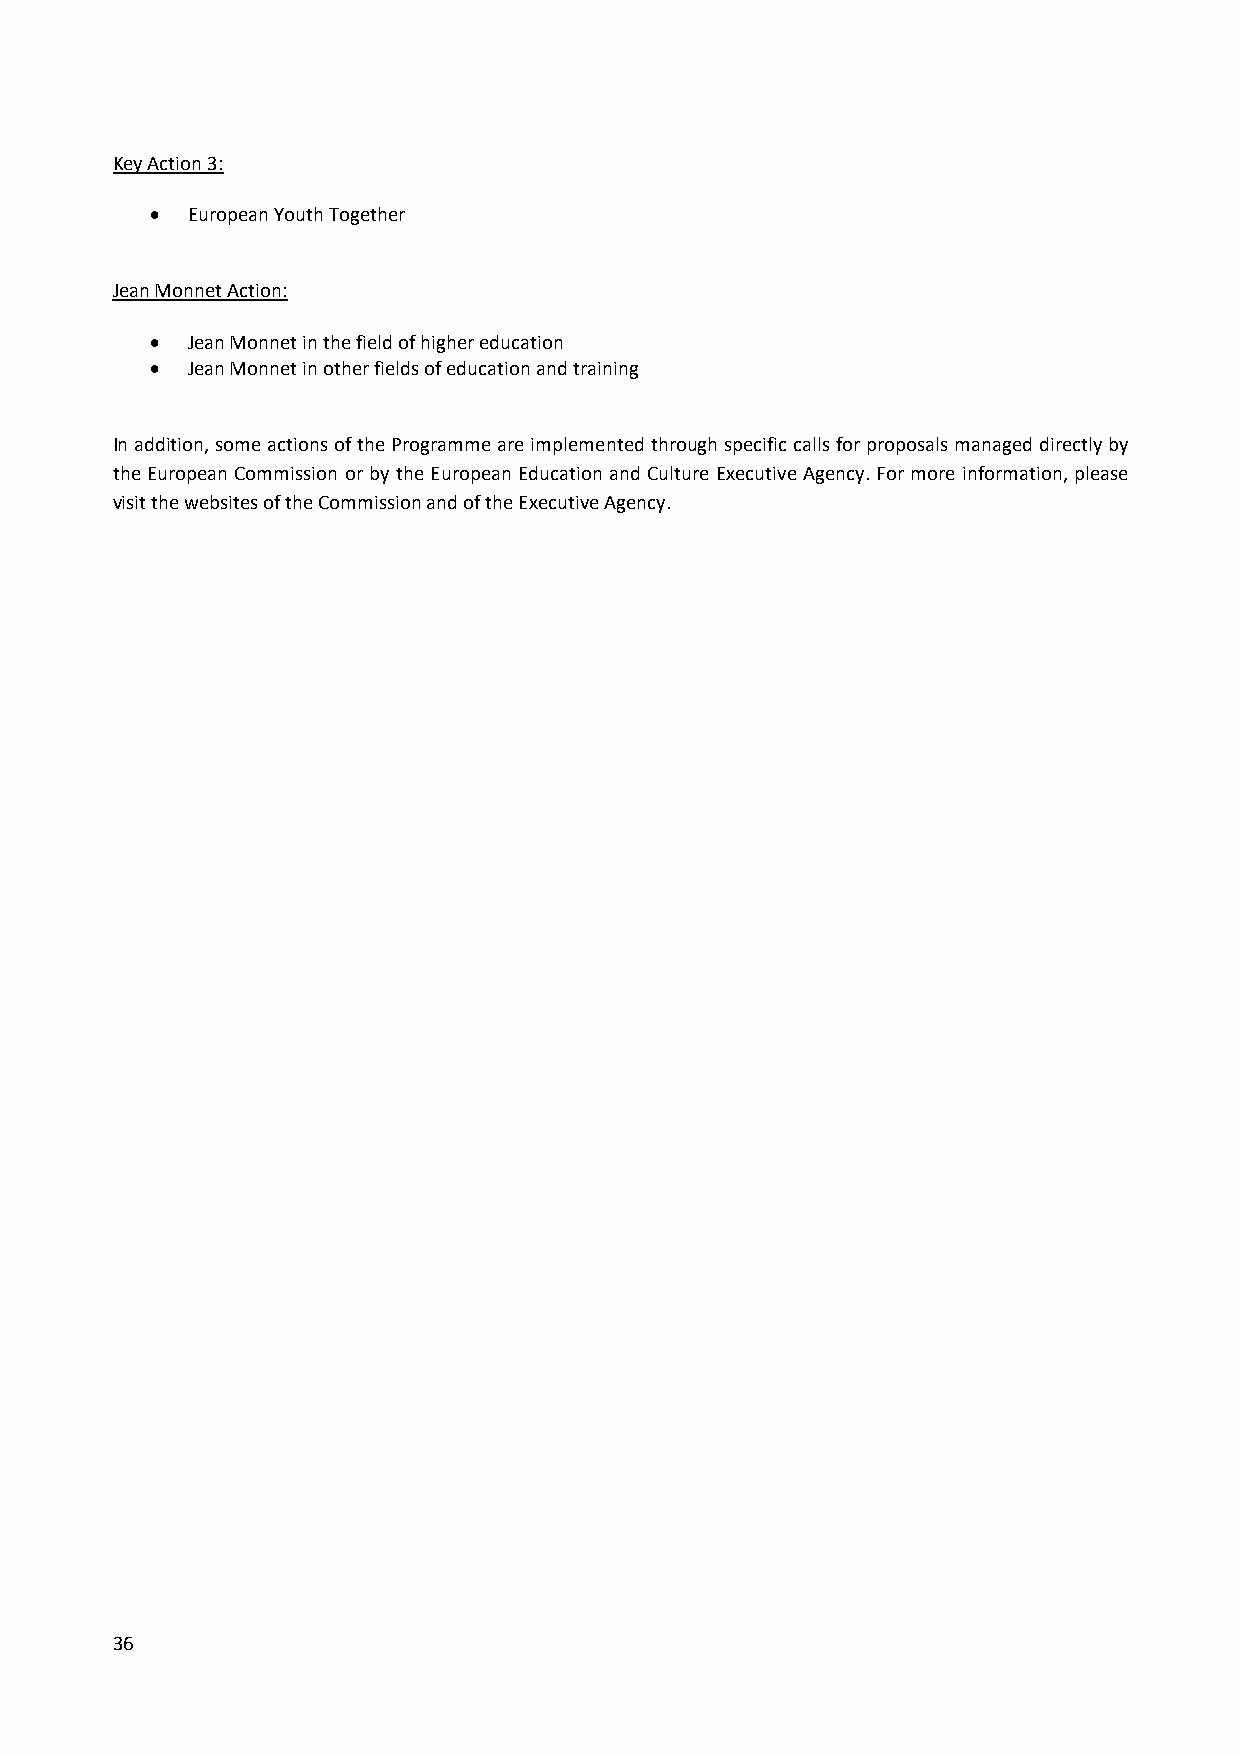
Key Action 3:
  European Youth Together
 Jean Monnet Action:
  Jean Monnet in the field of higher education
  Jean Monnet in other fields of education and training
 In addition, some actions of the Programme are implemented through specific calls for proposals managed directly by
 the European Commission or by the European Education and Culture Executive Agency. For more information, please
 visit the websites of the Commission and of the Executive Agency.
 36